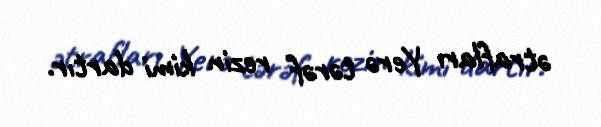
ətrafları Yerə tərəf rezin kimi dartır.